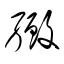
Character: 緻